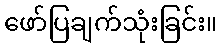
ဖော်ပြချက်သုံးခြင်း။